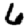
Digit: 6